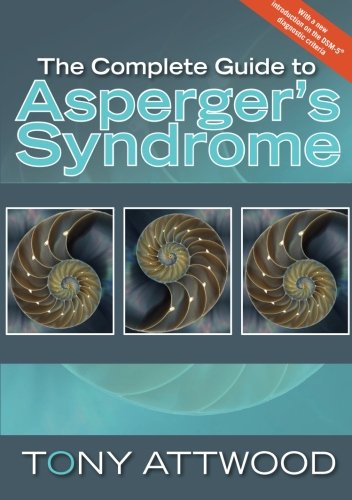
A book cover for The Complete Guide to Asperger's Syndrome; Tony Attwood; Education & Teaching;